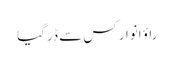
راؤ انوار کس سے ڈر گیا